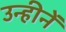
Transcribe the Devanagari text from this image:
उन्हीनें